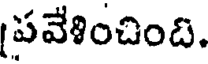
పవేళించింది.